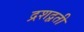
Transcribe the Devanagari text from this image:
द्रशद्वती